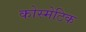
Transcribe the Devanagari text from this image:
कोस्मेटिक